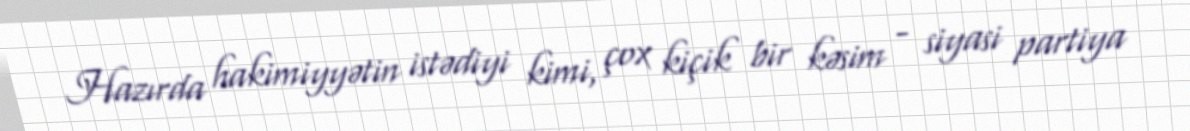
Hazırda hakimiyyətin istədiyi kimi, çox kiçik bir kəsim - siyasi partiya